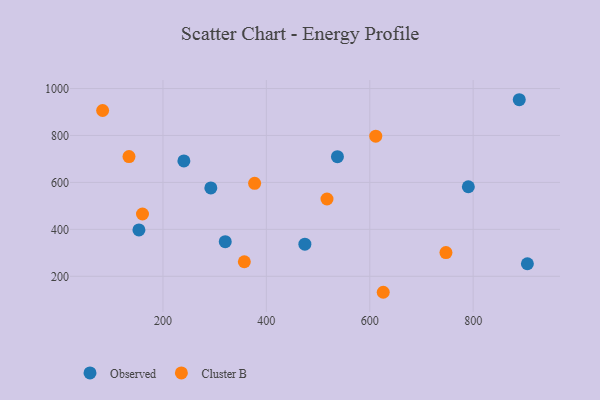
{"axis": {"x": "Investment", "y": "Demand"}, "legend": ["Cluster B", "Observed"], "data": [{"x": "889.2", "y": 952.3, "type": "Observed"}, {"x": "153.5", "y": 397.7, "type": "Observed"}, {"x": "790.7", "y": 581.5, "type": "Observed"}, {"x": "474.5", "y": 337.1, "type": "Observed"}, {"x": "904.9", "y": 253.6, "type": "Observed"}, {"x": "240.5", "y": 691.7, "type": "Observed"}, {"x": "537.5", "y": 709.6, "type": "Observed"}, {"x": "320.5", "y": 347.5, "type": "Observed"}, {"x": "292.6", "y": 576.6, "type": "Observed"}, {"x": "747.4", "y": 301.2, "type": "Cluster B"}, {"x": "626.1", "y": 132.0, "type": "Cluster B"}, {"x": "611.6", "y": 797.0, "type": "Cluster B"}, {"x": "134.3", "y": 710.3, "type": "Cluster B"}, {"x": "160.4", "y": 465.4, "type": "Cluster B"}, {"x": "517.3", "y": 529.3, "type": "Cluster B"}, {"x": "357.4", "y": 262.1, "type": "Cluster B"}, {"x": "377.3", "y": 596.3, "type": "Cluster B"}, {"x": "83.3", "y": 906.5, "type": "Cluster B"}]}